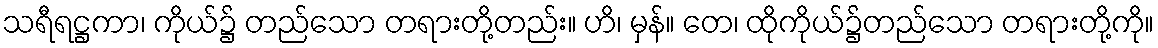
သရီရဋ္ဌကာ၊ ကိုယ်၌ တည်သော တရားတို့တည်း။ ဟိ၊ မှန်။ တေ၊ ထိုကိုယ်၌တည်သော တရားတို့ကို။